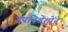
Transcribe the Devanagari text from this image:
उपनिवेशोंन